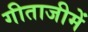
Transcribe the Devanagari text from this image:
गीताजीमें